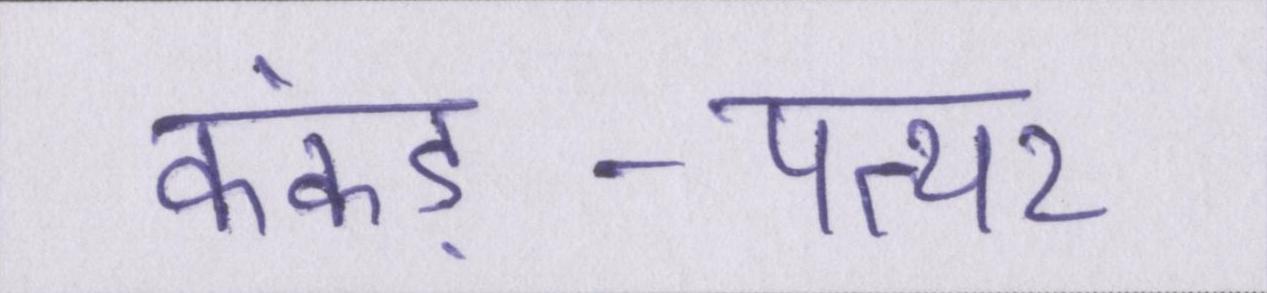
कंकड़-पत्थर